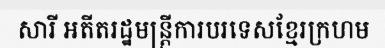
សារី អតីតរដ្ឋមន្ត្រីការបរទេសខ្មែរក្រហម